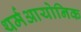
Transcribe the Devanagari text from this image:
थर्मआयोनिक